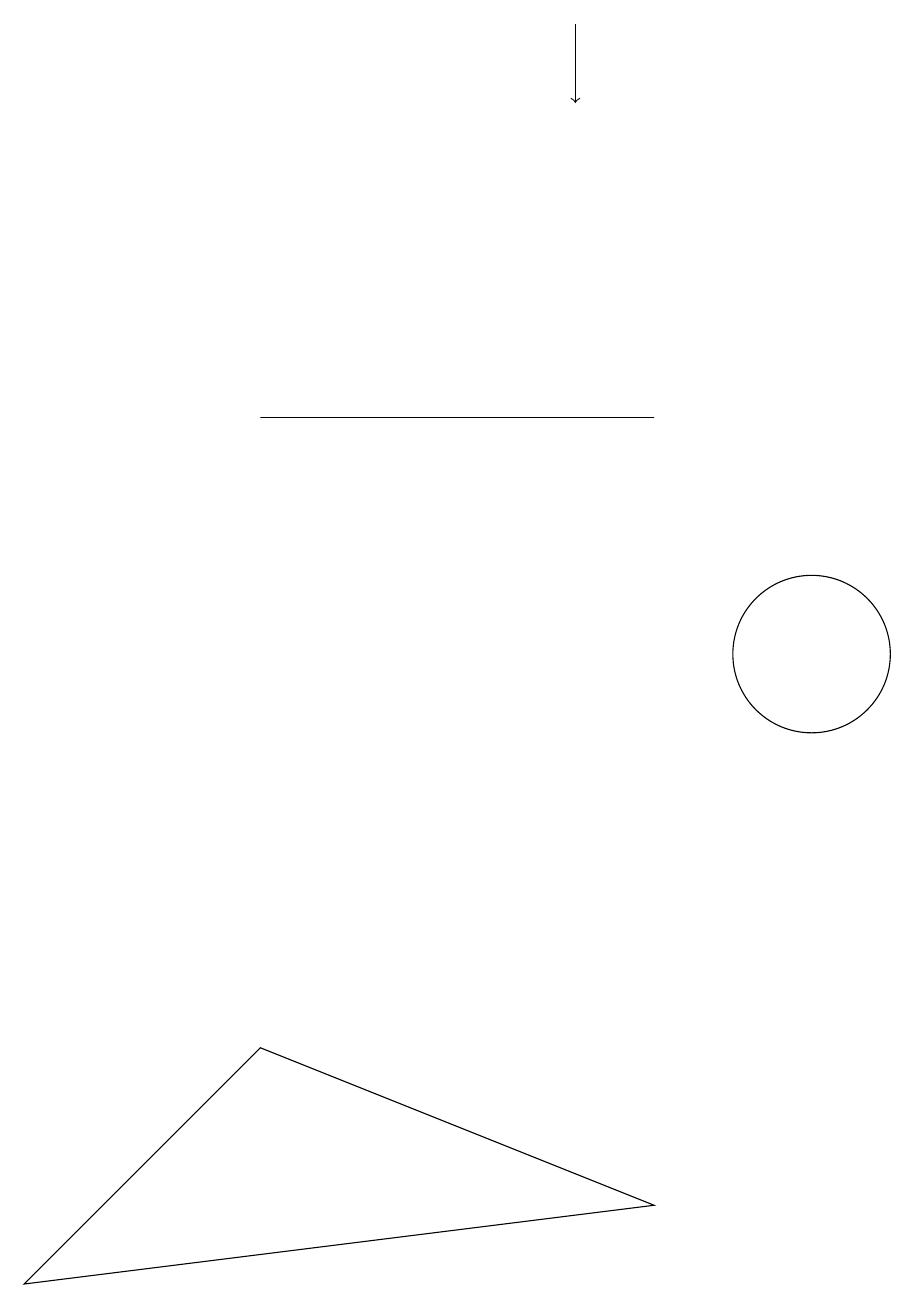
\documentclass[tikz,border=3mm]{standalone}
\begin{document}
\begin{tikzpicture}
\draw (9,14) rectangle (4,14);
\draw[->] (8,19) -- (8,18);
\draw (11,11) circle (1);
\draw (4,6) -- (9,4) -- (1,3) -- cycle;
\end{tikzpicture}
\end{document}